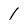
Character: 1